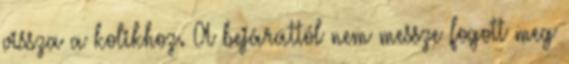
vissza a kolikhoz. A bejárattól nem messze fogott meg